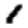
Digit: 1